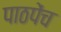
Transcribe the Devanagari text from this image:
पाठपेंच